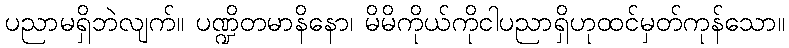
ပညာမရှိဘဲလျက်။ ပဏ္ဍိတမာနိနော၊ မိမိကိုယ်ကိုငါပညာရှိဟုထင်မှတ်ကုန်သော။